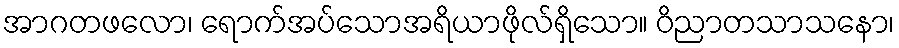
အာဂတဖလော၊ ရောက်အပ်သောအရိယာဖိုလ်ရှိသော။ ဝိညာတသာသနော၊